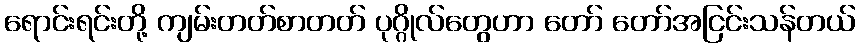
ရောင်းရင်းတို့ ကျမ်းတတ်စာတတ် ပုဂ္ဂိုလ်တွေဟာ တော် တော်အငြင်းသန်တယ်